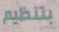
بتنظيم